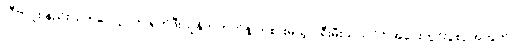
လီဗာပူး နည်းပြ ကလော့ပ်က ရှက်ဖီးယူနိုက်တက်နဲ့ ကစားမယ့် ပရီးမီးယားလိဂ် အဝေးကွင်းပွဲစဉ်အတွက်